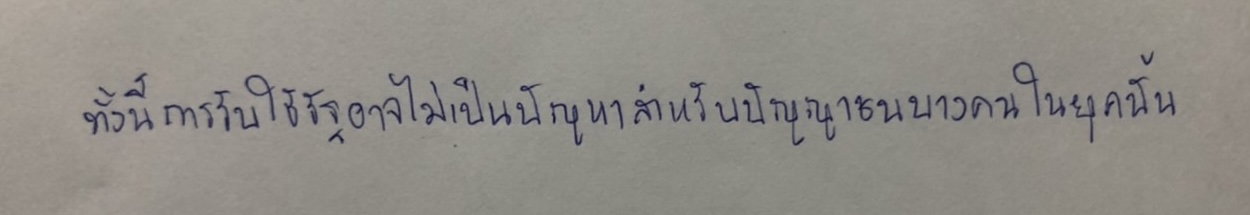
ทั้งนี้การรับใช้รัฐอาจไม่เป็นปัญหาสำหรับปัญญาชนบางคนในยุคนั้น